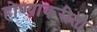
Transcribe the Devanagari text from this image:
होण्याकरीता